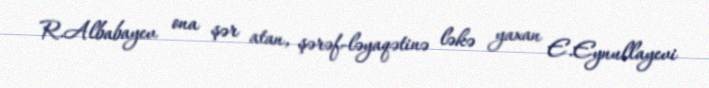
R.Albabayev ona şər atan, şərəf-ləyaqətinə ləkə yaxan E.Eynullayevi